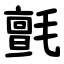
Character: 氈